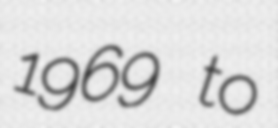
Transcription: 1969 to